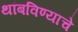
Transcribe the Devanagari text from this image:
थांबविण्याचे